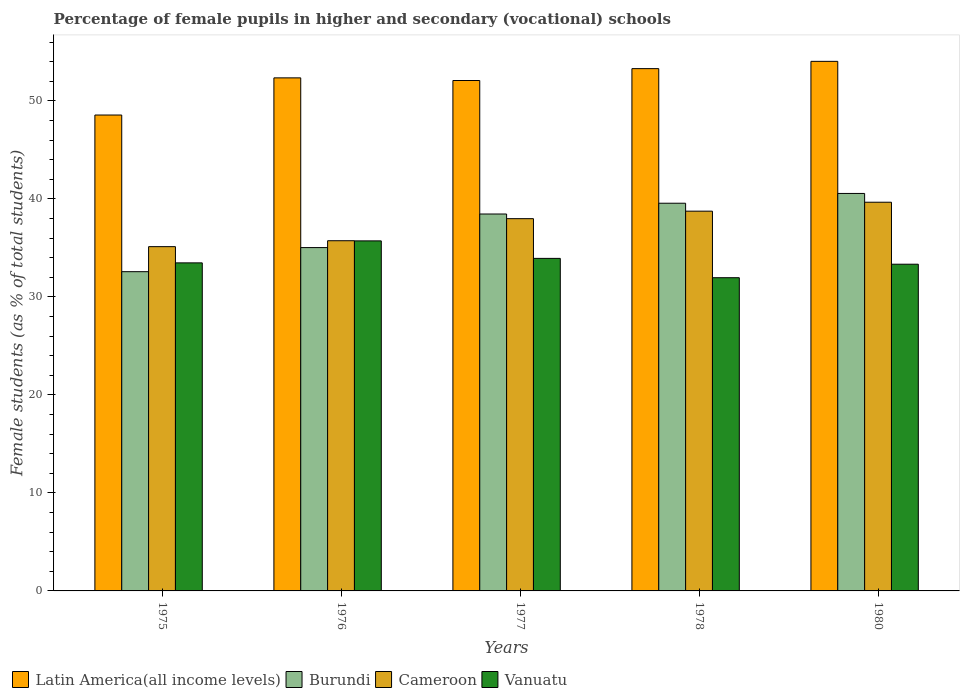
| Years | Latin America(all income levels) | Burundi | Cameroon | Vanuatu |
 | --- | --- | --- | --- | --- |
 | 1975 | 48.6 | 32.6 | 35.1 | 33.5 |
 | 1976 | 52.3 | 35 | 35.7 | 35.7 |
 | 1977 | 52.1 | 38.5 | 38 | 33.9 |
 | 1978 | 53.3 | 39.6 | 38.7 | 32 |
 | 1980 | 54 | 40.6 | 39.7 | 33.3 |